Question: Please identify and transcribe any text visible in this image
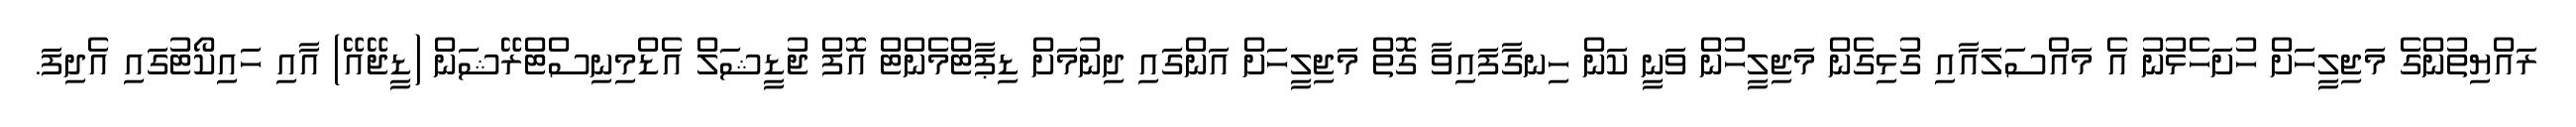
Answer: ރައްޔިތުންގެ މަޖިލީހަށް ހުށަހެޅުނު އެ މައްސަލައާއި ގުޅިގެން މަޖިލީހުން ވަނީ ކަން ހިނގާފައިވާ ގޮތް މަޖިލީހަށް އަންގައި ދިނުމަށް ޑިޕާޓްމެންޓް އޮފް ޖުޑީޝަލް އެޑްމިނިސްޓްރޭޝަން (ޑީޖޭއޭ) އާއި ހައިކޯޓުގައި އެދިފަ.